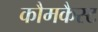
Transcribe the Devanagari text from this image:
कौमकैस्ट